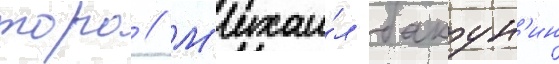
торо // М'ихаи́л бакун'ин